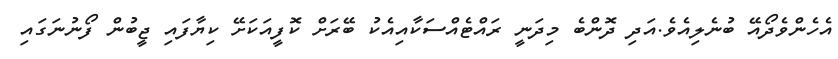
އެހެންވެދޯއޭ ބުނެލިއެވެ.އަދި ދޮންބެ މިދަނީ ރައްޓެއްސަކާއިއެކު ބޭރަށް ކޮފީއަކަށޭ ކިޔާފައި ޖީބުން ފޯނުނަގައި